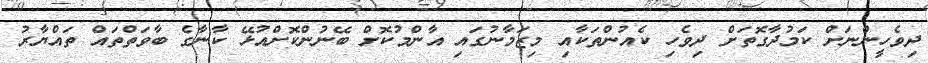
ދިވެހީންނަށް ކަމުދާގޮތަށް ދިވެހި ކެއުންތަކާއި މިޒަމާނުގައި އާންމުކޮށް ބޭނުންކޮށްއުޅޭ ކާނާގެ ބާވަތްތައް ތައްޔާރު